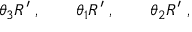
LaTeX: \theta _ { 3 } R ^ { \prime } \; , \qquad \theta _ { 1 } R ^ { \prime } \; , \qquad \theta _ { 2 } R ^ { \prime } \; ,